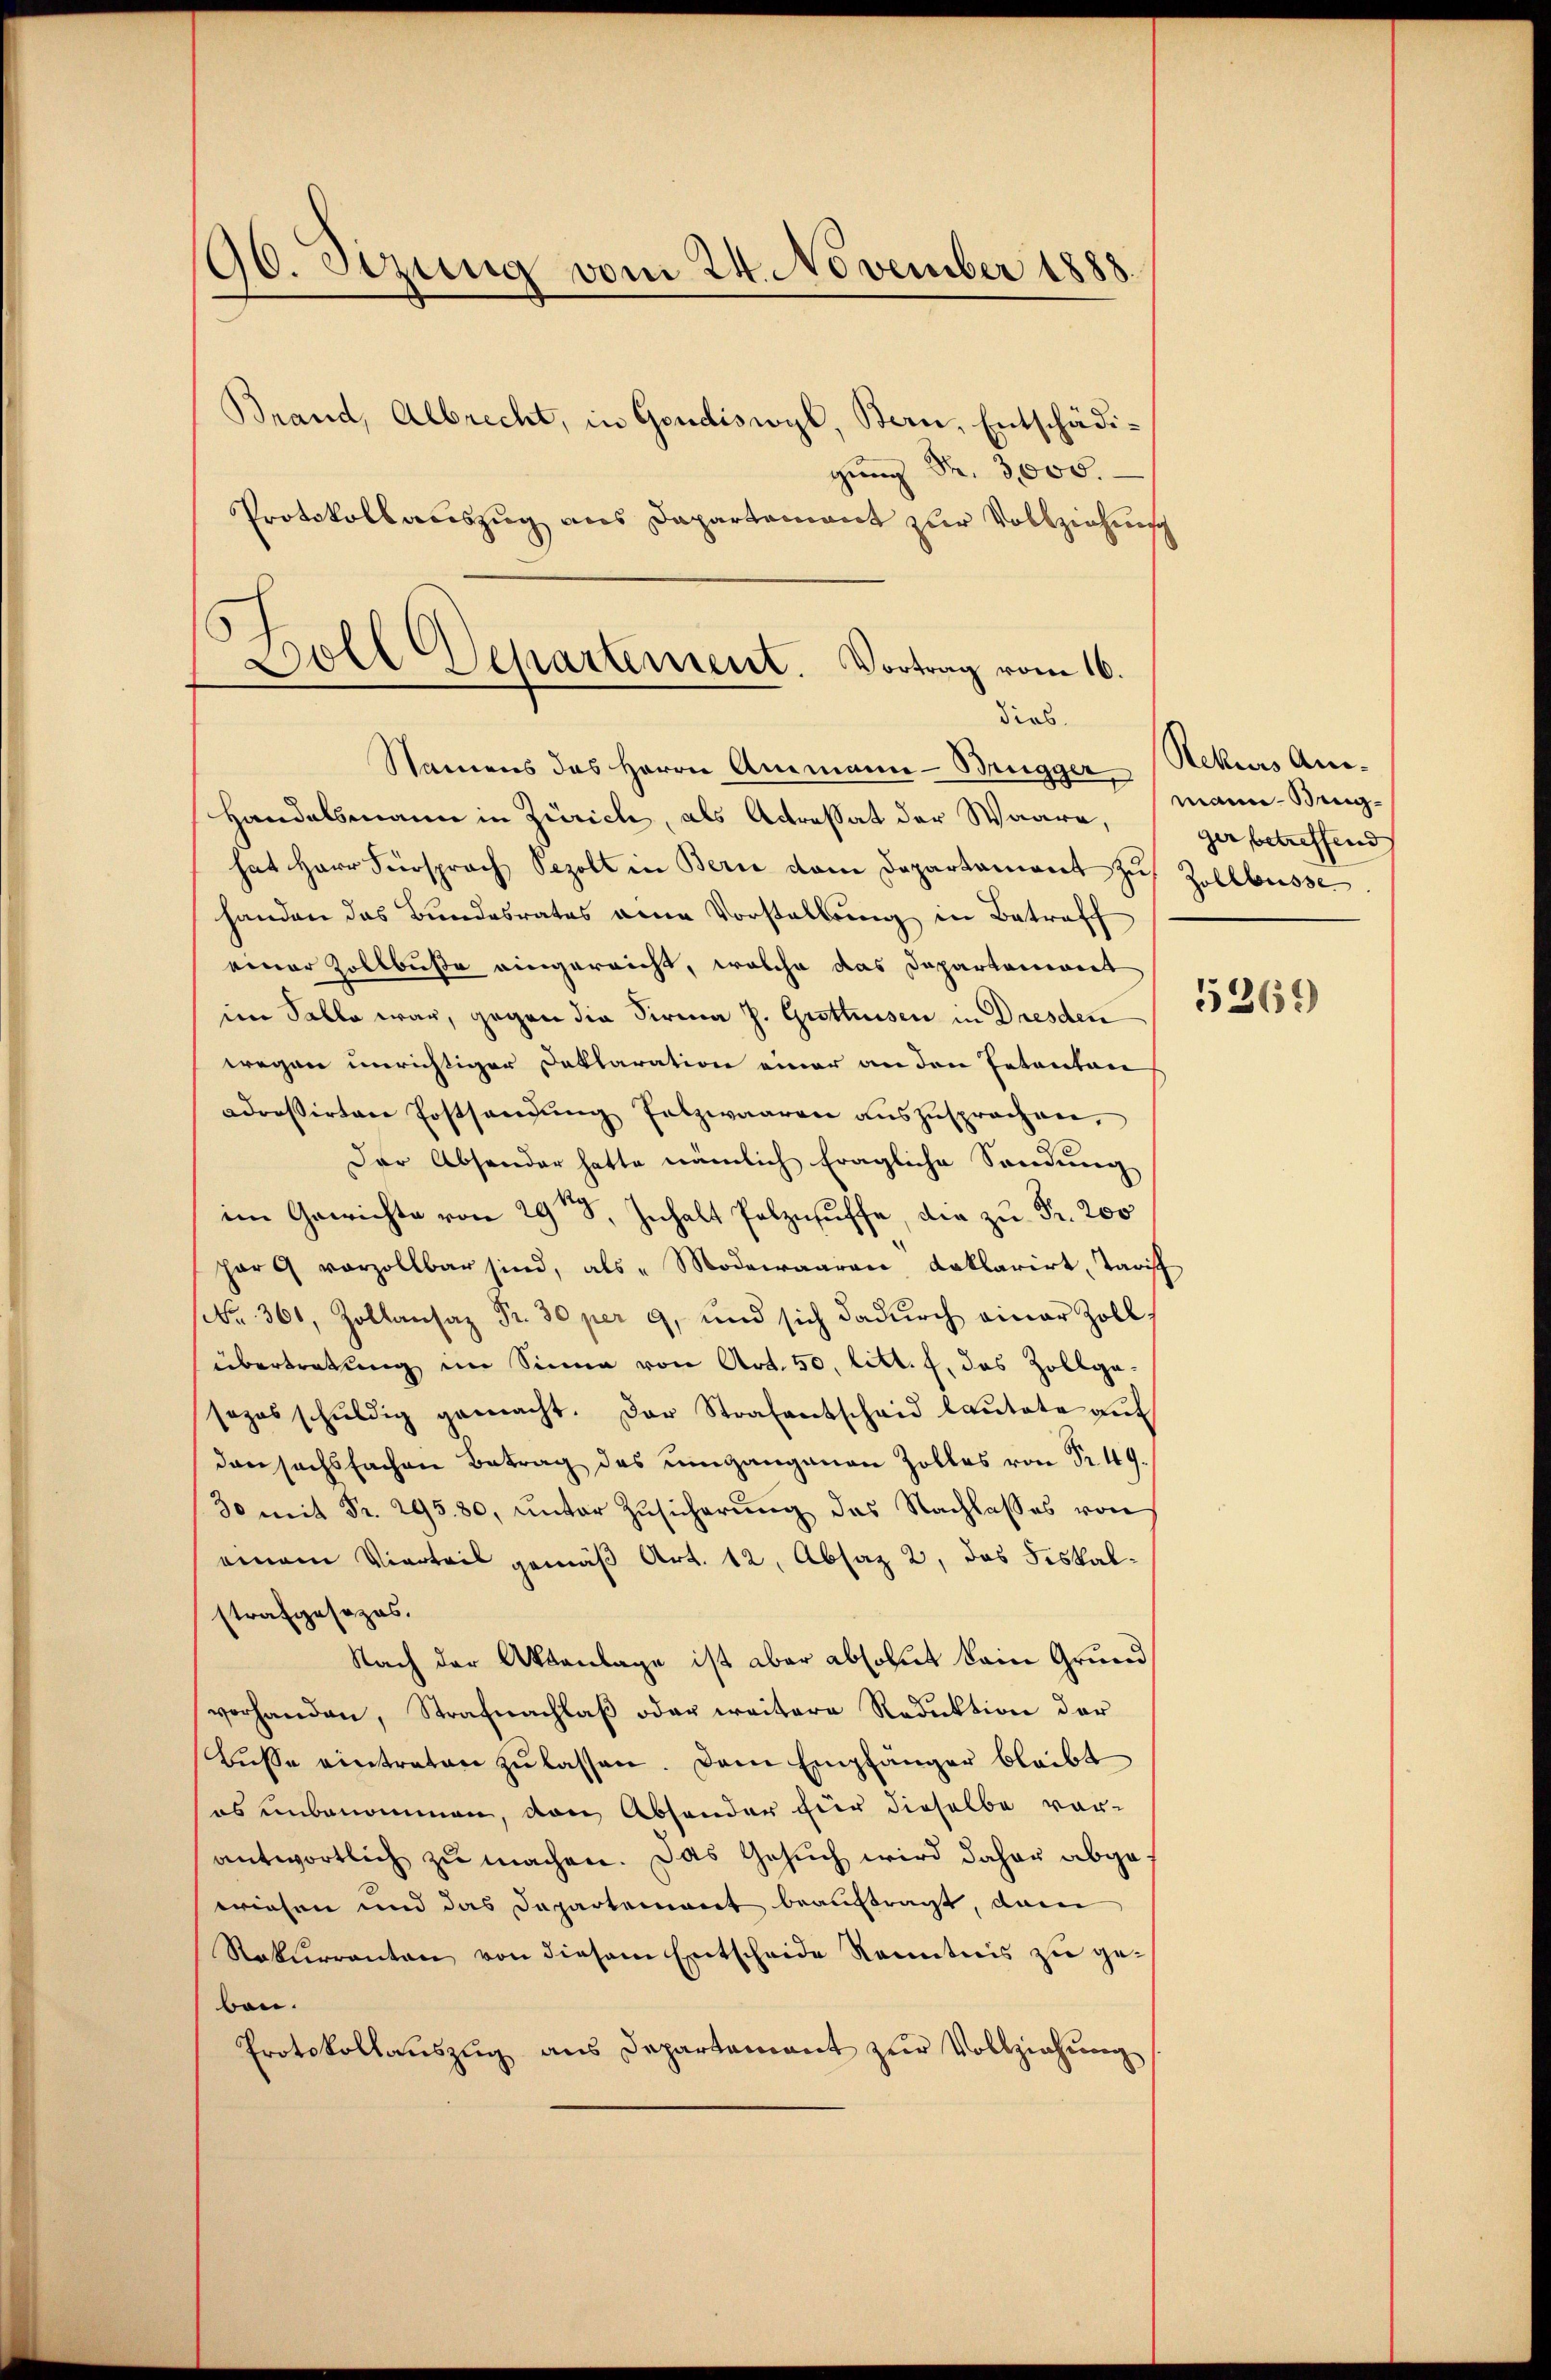
196. Sizung vom 24. November 1888.
Brand, Albrecht, in Gendiswyl, Bern, Entschädi¬
 Nr. 3,000.

dirs.
Namens das Herrn Ammann - Brugger Rekurs An-

Protokollauszug aus Dapartement zur Vollziehung
Doll Departement. Vortrag vom 16.

Handelsmann in Zürich, als Actresat der Waare,
hat Herr Fürsprach Sezolt in Berne dem Departament zŭ Zollbusse
handen das Bundesrates eine Vorstellung in Betroff
einer Zollbuße eingereicht, welche das Departanerent
im Salle war, gegen die Firma J. Grotteisen in Dresden
wegen unrichtiger Deklaration einer an den Petenten
adressirten Postsangŭng fetzwaaren aŭszŭsprochen,
Der Absonder hatte nämlich fragliche Sendung
im Gewichte von 29 t, Inhalt Polznuffe, die zu Fr. 200
har vorzollbar sind, als " Modewaaren, daklarirt, Tariff
(Nr. 361, Zollansaz Fr. 30 per 9, und sich dadŭrch einer Zoll
übertretung im Sinne von Art. 50, litt. f. das Zollgasozesschŭldig gemacht. Der Strafantschaid laŭtete aŭf
dan sachsfachen Betrag des Umgangenen Zolles von Nr. 49.
30 mit Fr. 295. 80, ŭnter Zŭsicherŭng das Nachlasses von
einem Vierteis gemäß Art. 12, Absaz 2, das Fiskalstrafgesezes.
Nach der Aktenlage ist aber absolut kein Grundvorhanden, Strafnachlaβ oder weitere Reduktion der
Bŭsse eintreten zŭ lassen. Dem Empfänger bleibt
es unbenommen, von Absonder für dieselbe vor-
antwortlich zu machen. Das Gesuch wird daher abgewiesen und das Departement beauftragt, dann
Rekurrenten von diesem Entscheide Kenntnis zu gebon.
Protokollauszug aus Departement zur Vollziehung

mann - Beigger betreffend

5269)